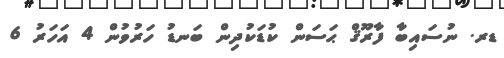
ޑރ. ނުސައިބާ ފާރޫޤް ޙަސަން ކުޑަކުދިން ބަނޑު ހަރުވުން 4 އަހަރު 6